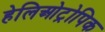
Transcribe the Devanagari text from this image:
हेलिओट्रोपिक